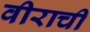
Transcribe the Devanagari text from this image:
वीराची